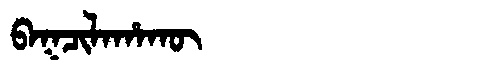
Manchu: ᠪᠠᡴᠴᡳᠯᠠᡥᠠᡴᡡ
Romanization: BAKCILAHAKŪ